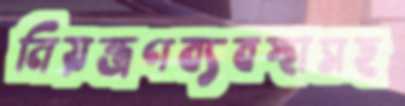
নিয়ন্ত্রণব্যবস্থাসহ